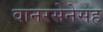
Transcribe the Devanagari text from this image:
वानरसेनेसह